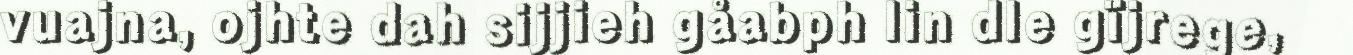
vuajna, ojhte dah sijjieh gåabph lin dle gïjrege,